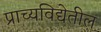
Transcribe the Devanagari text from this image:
प्राच्यविद्येतील